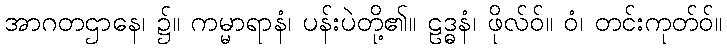
အာဂတဌာနေ၊ ၌။ ကမ္မာရာနံ၊ ပန်းပဲတို့၏။ ဠဒ္ဓနံ၊ ဖိုလ်ဝ်။ ဝံ၊ တင်းကုတ်ဝ်။